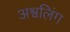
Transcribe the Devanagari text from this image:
अश्वलिंग